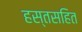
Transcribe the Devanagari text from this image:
हस्तसहित